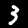
Digit: 3